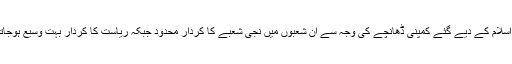
لیکن اسلام کے دیے گئے کمپنی ڈھانچے کی وجہ سے ان شعبوں میں نجی شعبے کا کردار محدود جبکہ ریاست کا کردار بہت وسیع ہوجاتا ہے۔